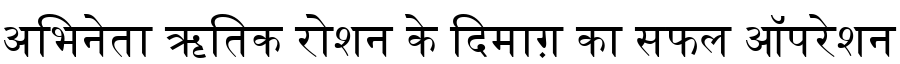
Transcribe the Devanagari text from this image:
अभिनेता ऋतिक रोशन के दिमाग़ का सफल ऑपरेशन